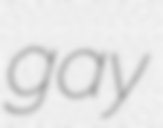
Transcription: gay